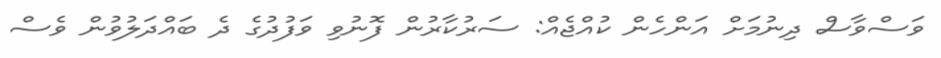
ވަސްވާސް ދިނުމަށް އަންހެން ކުއްޖެއް: ސަރުކާރުން ފޮނުވި ވަފުދުގެ ދެ ބައްދަލުވުން ވެސް